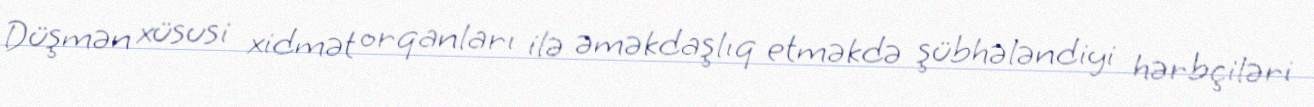
Düşmən xüsusi xidmət orqanları ilə əməkdaşlıq etməkdə şübhələndiyi hərbçiləri